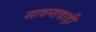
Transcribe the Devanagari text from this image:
सावन्तवाड़ी